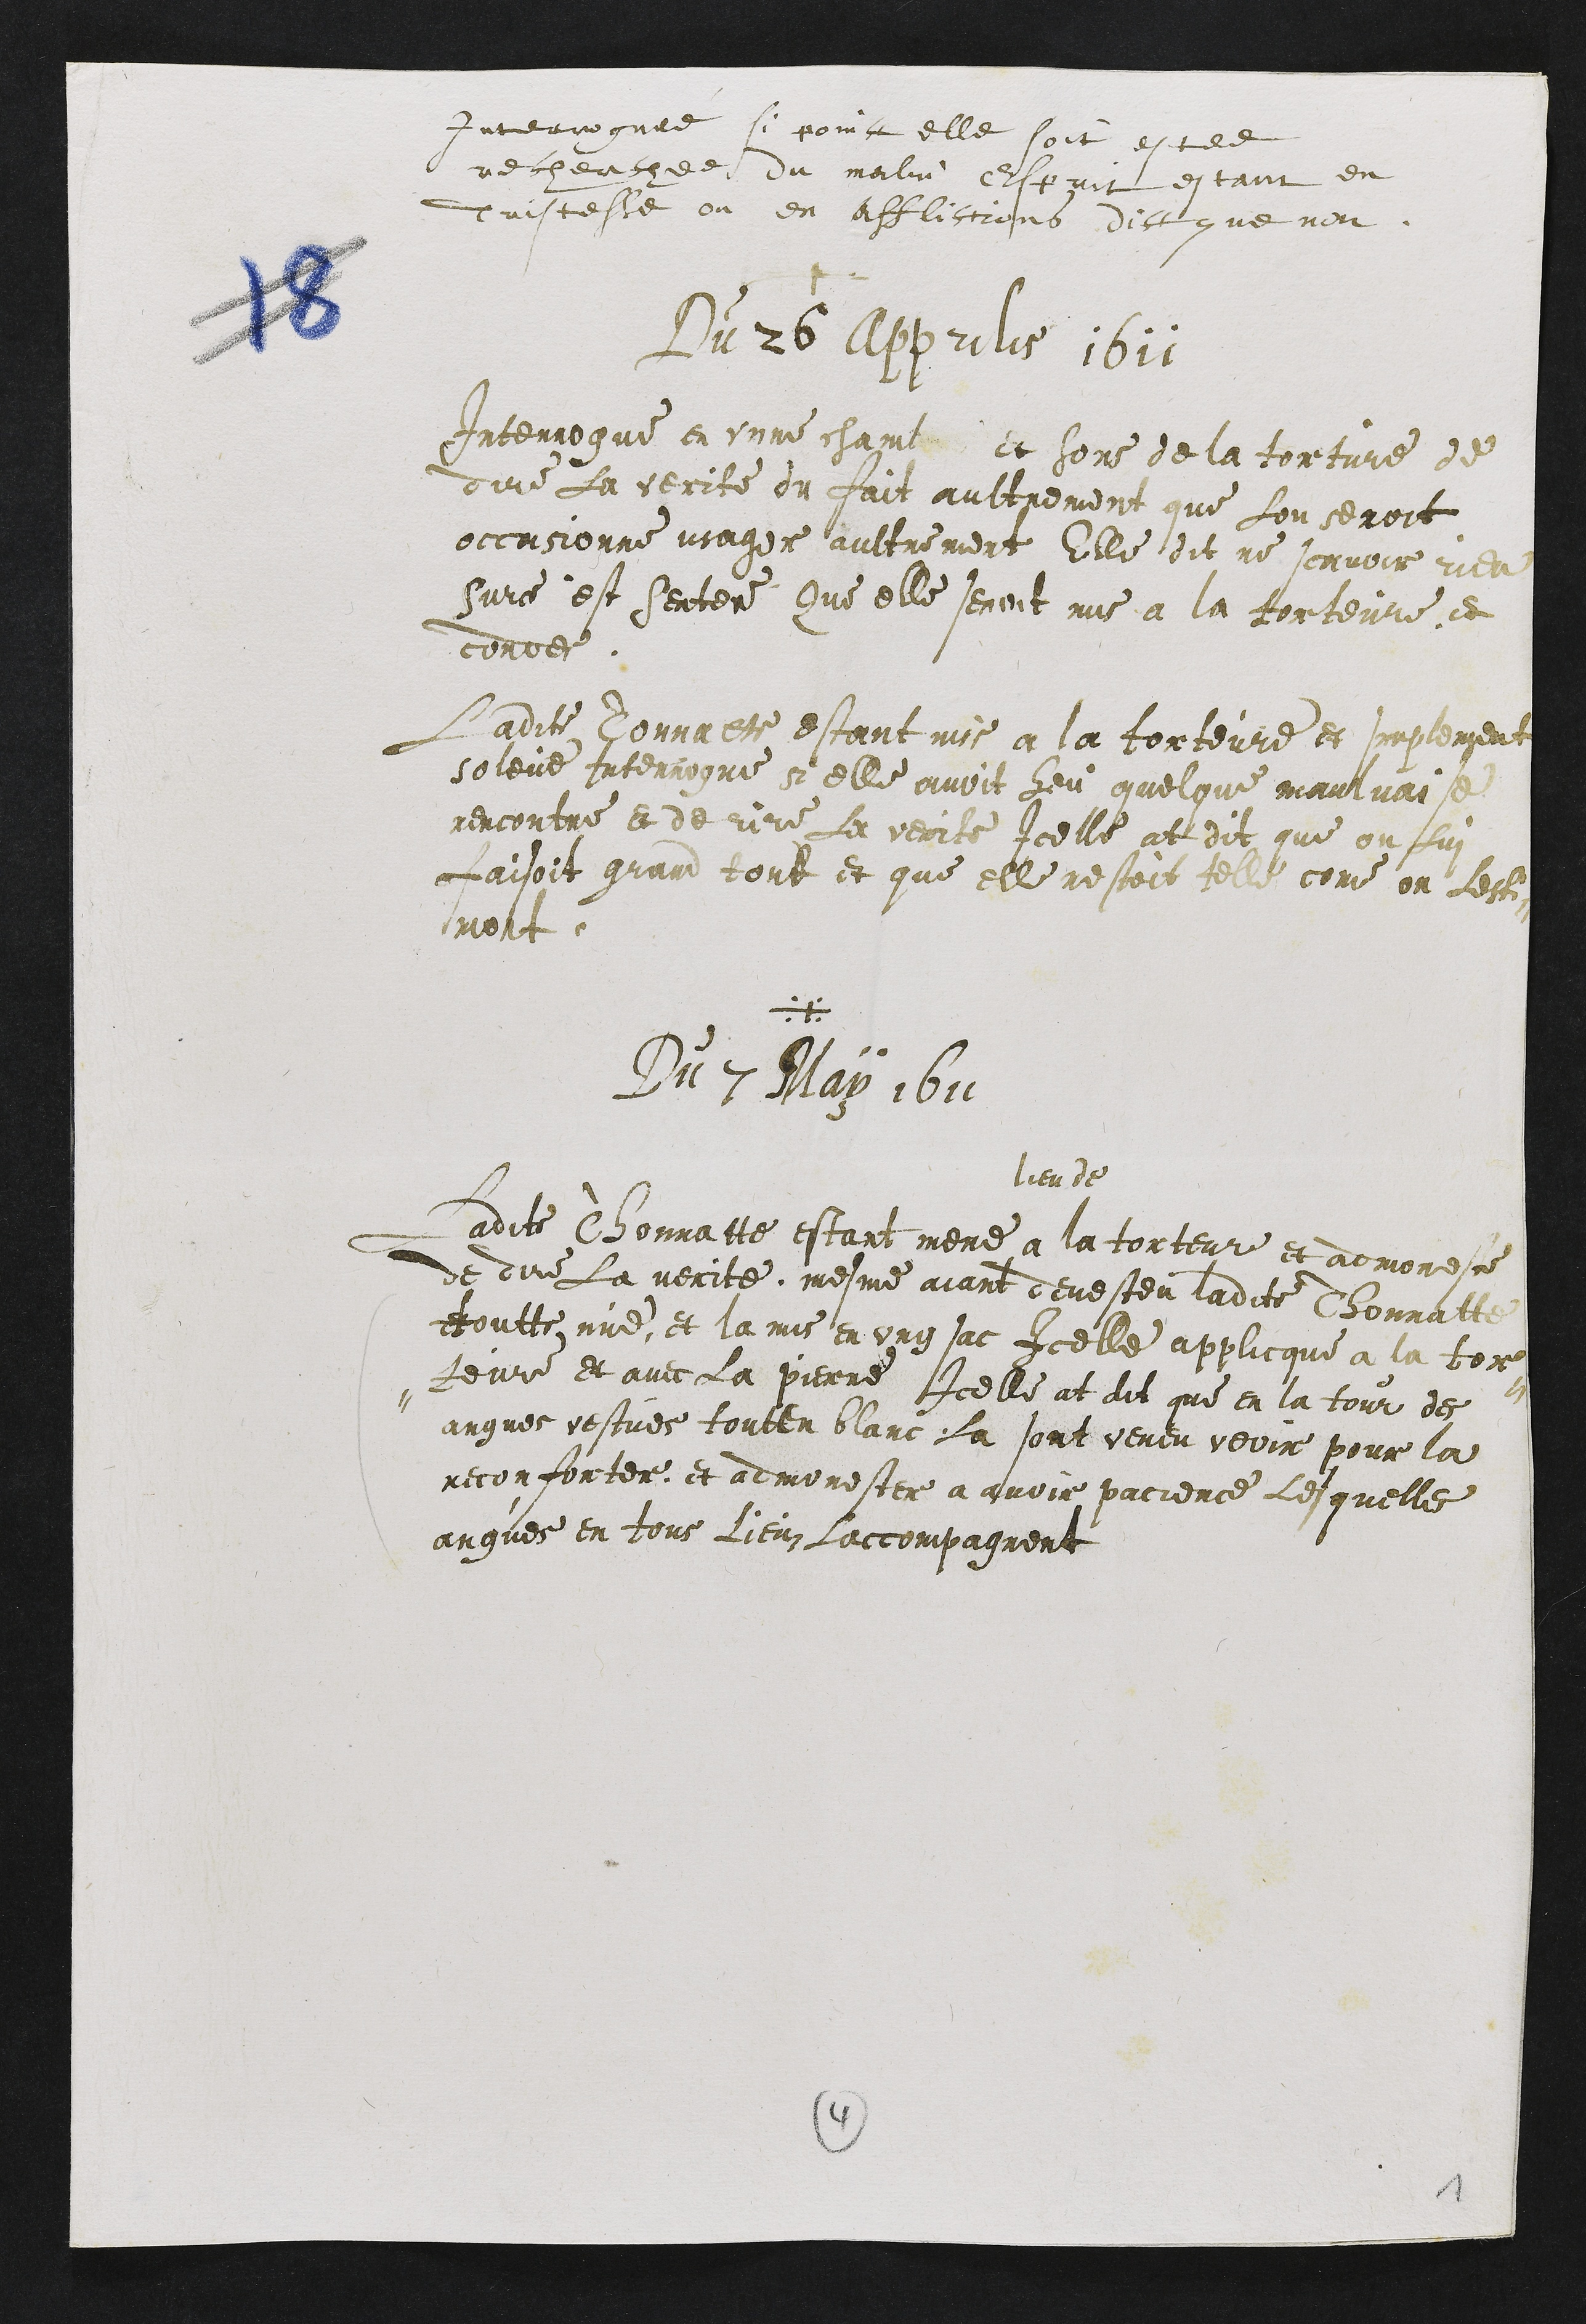
Interroguée si poinct elle soit estee
recherchee du malin Esprit estant en
tristesse ou en afflictions dict que non.
+
Du 26 Apprilis 1611
Interrogue en unne chambre et hors de la torture de
dire la verite du fait aultrement que lon seroit
occasionne usager aultrement Elle dit ne scavoir rien
Sur ce est sentencie Que elle seroit mis a la torteure et
cordes.
Ladite Tonnatte estant mis a la torteure et simplement
soleve Interrogue si elle avoit heu quelque maulvaise
rencontre et de dire la verite Icelle at dit que on lui
faisoit grand tort et que Elle nestoit telle comme on lesti¬
moit.
+
Du 7 May 1611
Ladite Thonnatte estant mene a
lieu de
la torteure et admoneste
de dire la verite, mesme aiant devesteu ladite Thonnatte
toutte nue, et la mis en ung sac Icelle applicque a la tor¬
teure Et avec la pierre Icelle at dit que en la tour des
angues vestues touten blanc la sont veneu veoir pour la
reconforter, et admonester a avoir pacience, lesquelles
angues en tous lieuz laccompagnent
4
1